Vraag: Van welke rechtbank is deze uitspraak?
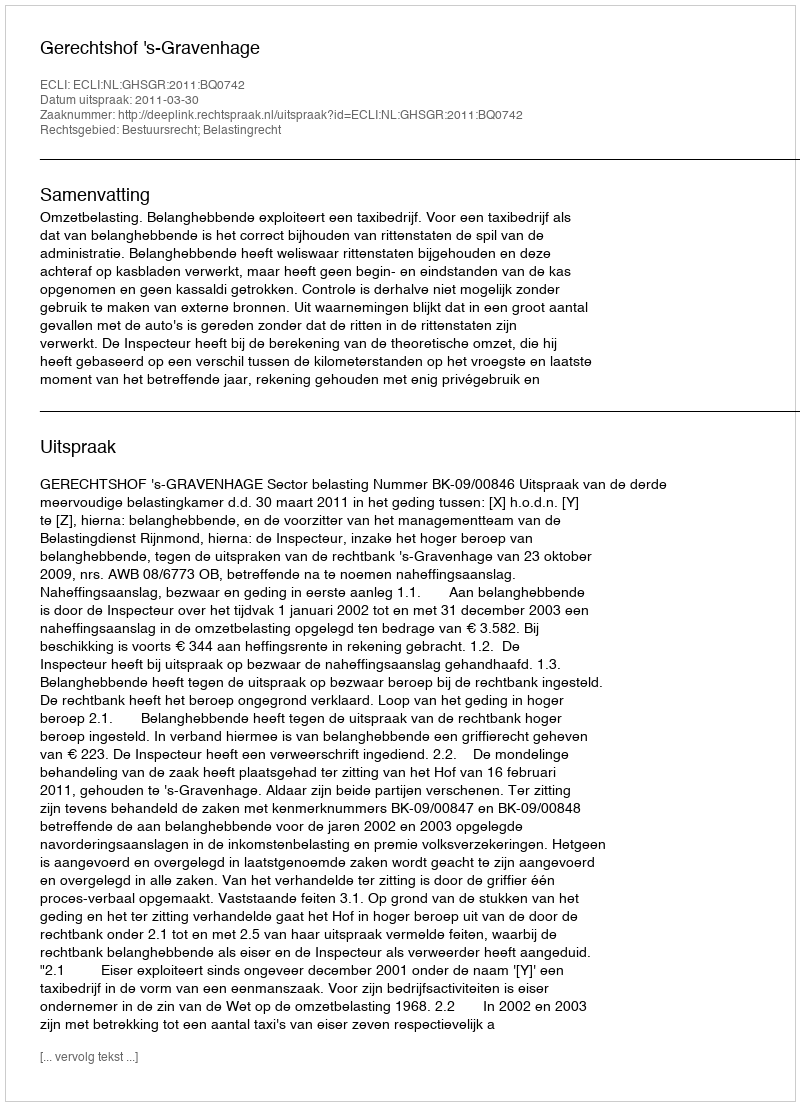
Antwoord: Gerechtshof 's-Gravenhage